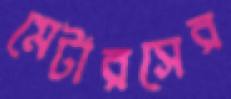
মেটারসের